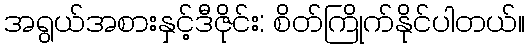
အရွယ်အစားနှင့်ဒီဇိုင်း: စိတ်ကြိုက်နိုင်ပါတယ်။